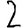
Digit: 2